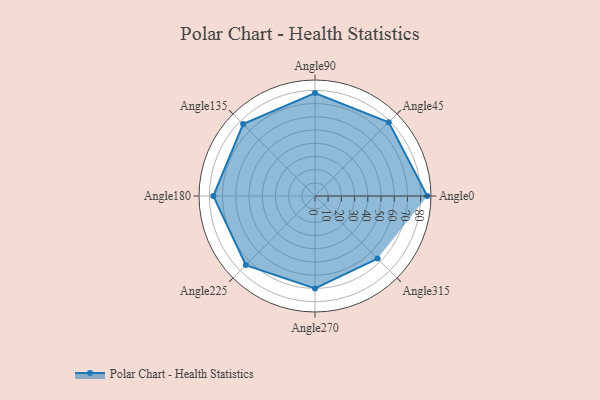
{"axis": {"x": "Angle", "y": "Radius"}, "legend": [""], "data": [{"x": "Angle0", "y": 85.0, "type": ""}, {"x": "Angle45", "y": 79.0, "type": ""}, {"x": "Angle90", "y": 78.0, "type": ""}, {"x": "Angle135", "y": 77.0, "type": ""}, {"x": "Angle180", "y": 77.0, "type": ""}, {"x": "Angle225", "y": 74.0, "type": ""}, {"x": "Angle270", "y": 70.0, "type": ""}, {"x": "Angle315", "y": 67.0, "type": ""}]}